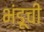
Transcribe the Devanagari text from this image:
भंडूची